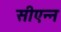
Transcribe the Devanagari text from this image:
सीएन्न